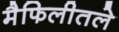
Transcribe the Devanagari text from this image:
मैफिलीतले